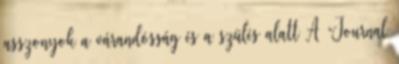
asszonyok a várandósság és a szülés alatt A “Journal